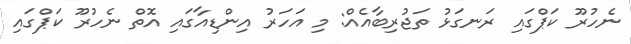
ނެހުރޫ ކަޕްގައި ރަނގަޅު ތަޖުރިބާއެއް: މި އަހަރު އިންޑިއާގައި އޮތް ނެހުރޫ ކަޕްގައި